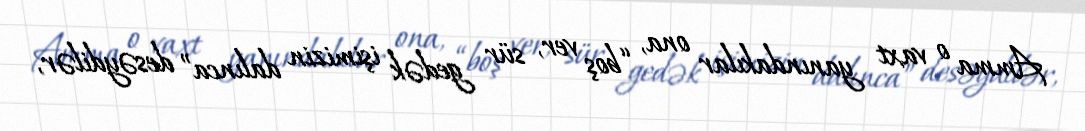
Amma o vaxt yanındakılar ona, “boş ver, sür gedək işimizin dalınca” desəydilər,